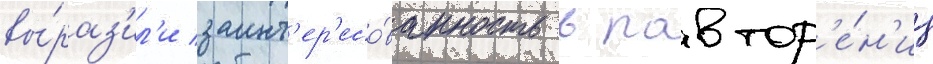
вы́раз'ил'и заинт'ер'есо́ванность в повтор'е́н'ии